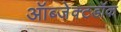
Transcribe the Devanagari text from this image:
ऑब्जेक्टडॉक